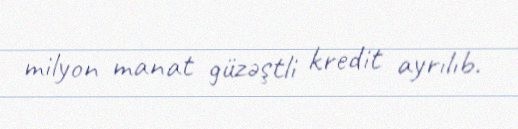
milyon manat güzəştli kredit ayrılıb.